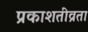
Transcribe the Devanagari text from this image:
प्रकाशतीव्रता